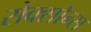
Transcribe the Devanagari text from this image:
सेक्सोन्स